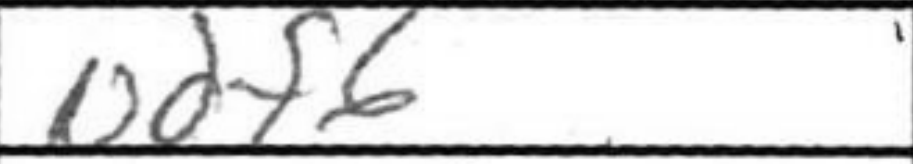
Transcription: Ndf6